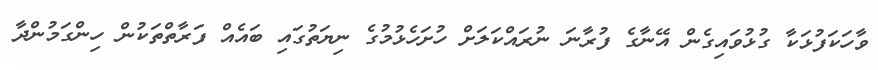
ވާހަކަފުޅަކާ ގުޅުވައިގެން އޭނާގެ ފުރާނަ ނުރައްކަލަށް ހުށަހެޅުމުގެ ނިޔަތުގައި ބައެއް ފަރާތްތަކުން ހިންގަމުންދާ